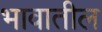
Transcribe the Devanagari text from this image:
भावातील